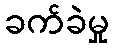
ခက်ခဲမှု